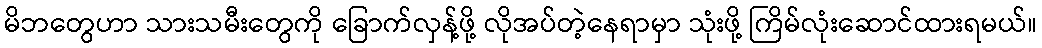
မိဘတွေဟာ သားသမီးတွေကို ခြောက်လှန့်ဖို့ လိုအပ်တဲ့နေရာမှာ သုံးဖို့ ကြိမ်လုံးဆောင်ထားရမယ်။